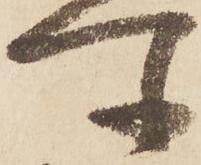
所